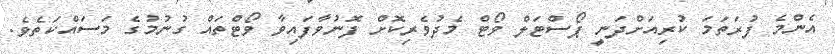
އެންމެ ފުރަތަމަ ކުރިއަށްދަނީ ޕޯސްޓަލް ވޯޓް މެދުވެރިކޮށް ފޮނުވާފައިވާ ވޯޓްތައް ގުނުމުގެ މަސައްކަތެވެ.